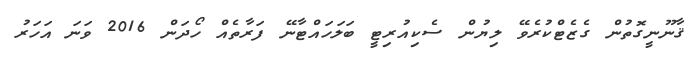
ޤާނޫނީގޮތުން ގެޒެޓްކުރެވޭ ލިޔުން ސެކިއުރިޓީ ބަލަހައްޓާނޭ ފަރާތެއް ހޯދަން 2016 ވަނަ އަހަރު